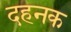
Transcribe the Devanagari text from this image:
दहनक